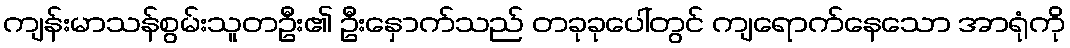
ကျန်းမာသန်စွမ်းသူတဦး၏ ဦးနှောက်သည် တခုခုပေါ်တွင် ကျရောက်နေသော အာရုံကို